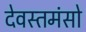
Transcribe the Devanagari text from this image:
देवस्तमंसो